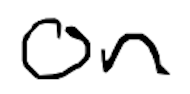
Text: on
Cross-out: clean
Writing tool: digital_black